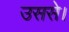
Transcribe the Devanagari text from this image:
उससे।